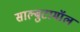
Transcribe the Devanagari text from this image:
साल्बुटामॉल